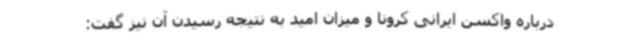
درباره واکسن ایرانی کرونا و میزان امید به نتیجه رسیدن آن نیز گفت: